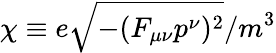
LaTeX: \chi\equiv e\sqrt{-(F_{\mu\nu}p^{\nu})^{2}}/m^{3}